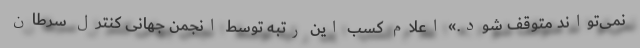
نمی‌تواند متوقف شود.» اعلام کسب این رتبه توسط انجمن جهانی کنترل سرطان